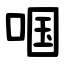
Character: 啯